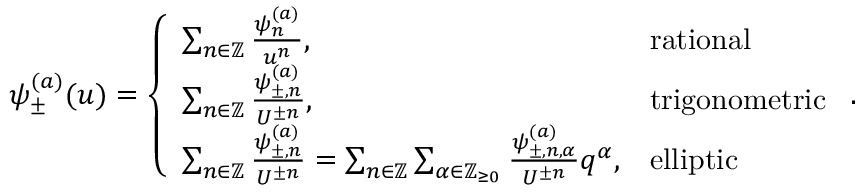
\psi _ { \pm } ^ { ( a ) } ( u ) = \left\{ \begin{array} { l l } { \sum _ { n \in \mathbb { Z } } \frac { \psi _ { n } ^ { ( a ) } } { u ^ { n } } , } & { \mathrm { r a t i o n a l } } \\ { \sum _ { n \in \mathbb { Z } } \frac { \psi _ { \pm , n } ^ { ( a ) } } { U ^ { \pm n } } , } & { \mathrm { t r i g o n o m e t r i c } } \\ { \sum _ { n \in \mathbb { Z } } \frac { \psi _ { \pm , n } ^ { ( a ) } } { U ^ { \pm n } } = \sum _ { n \in \mathbb { Z } } \sum _ { \alpha \in \mathbb { Z } _ { \geq 0 } } \frac { \psi _ { \pm , n , \alpha } ^ { ( a ) } } { U ^ { \pm n } } q ^ { \alpha } , } & { \mathrm { e l l i p t i c } } \end{array} \right. .